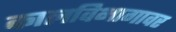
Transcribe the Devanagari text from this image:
कालविभागावर